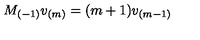
M _ { ( - 1 ) } v _ { ( m ) } = ( m + 1 ) v _ { ( m - 1 ) }